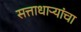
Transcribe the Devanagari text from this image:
सत्ताधाऱ्यांचा